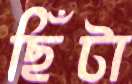
ছিঁটা